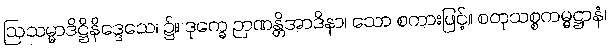
ဩသမ္မာဒိဋ္ဌိနိဒ္ဒေသေ၊ ၌။ ဒုက္ခေ ဉာဏန္တိအာဒိနာ၊ သော စကားဖြင့်။ စတုသစ္စကမ္မဋ္ဌာနံ၊